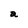
Character: a